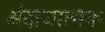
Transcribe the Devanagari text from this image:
अंदाजात्मक